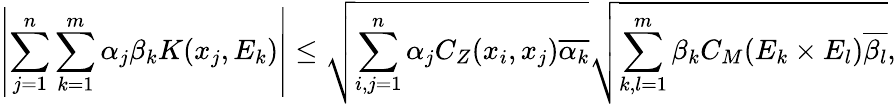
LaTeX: \left|\sum_{j=1}^{n}\sum_{k=1}^{m}\alpha_{j}\beta_{k}K(x_{j},E_{k})\right|\leq\sqrt{\sum_{i,j=1}^{n}\alpha_{j}C_{Z}(x_{i},x_{j})\overline{{\alpha_{k}}}}\sqrt{\sum_{k,l=1}^{m}\beta_{k}C_{M}(E_{k}\times E_{l})\overline{{\beta_{l}}}},